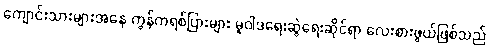
ကျောင်းသားများအနေ ကွန်ကရစ်ပြားများ မူဝါဒရေးဆွဲရေးဆိုင်ရာ လေးစားဖွယ်ဖြစ်သည်